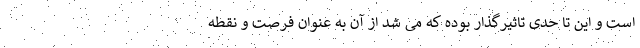
است و این تا حدی تاثیرگذار بوده که می شد از آن به عنوان فرصت و نقطه